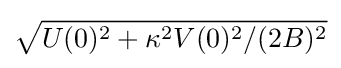
{\sqrt {U(0)^{2}+\kappa ^{2}V(0)^{2}/(2B)^{2}}}